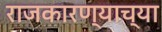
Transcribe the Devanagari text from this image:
राजकारण्याच्या